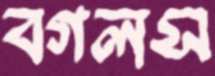
বগলস